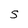
Character: S